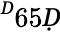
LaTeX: ^Ḋ65Ḍ